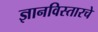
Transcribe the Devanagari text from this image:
ज्ञानविस्तारचे